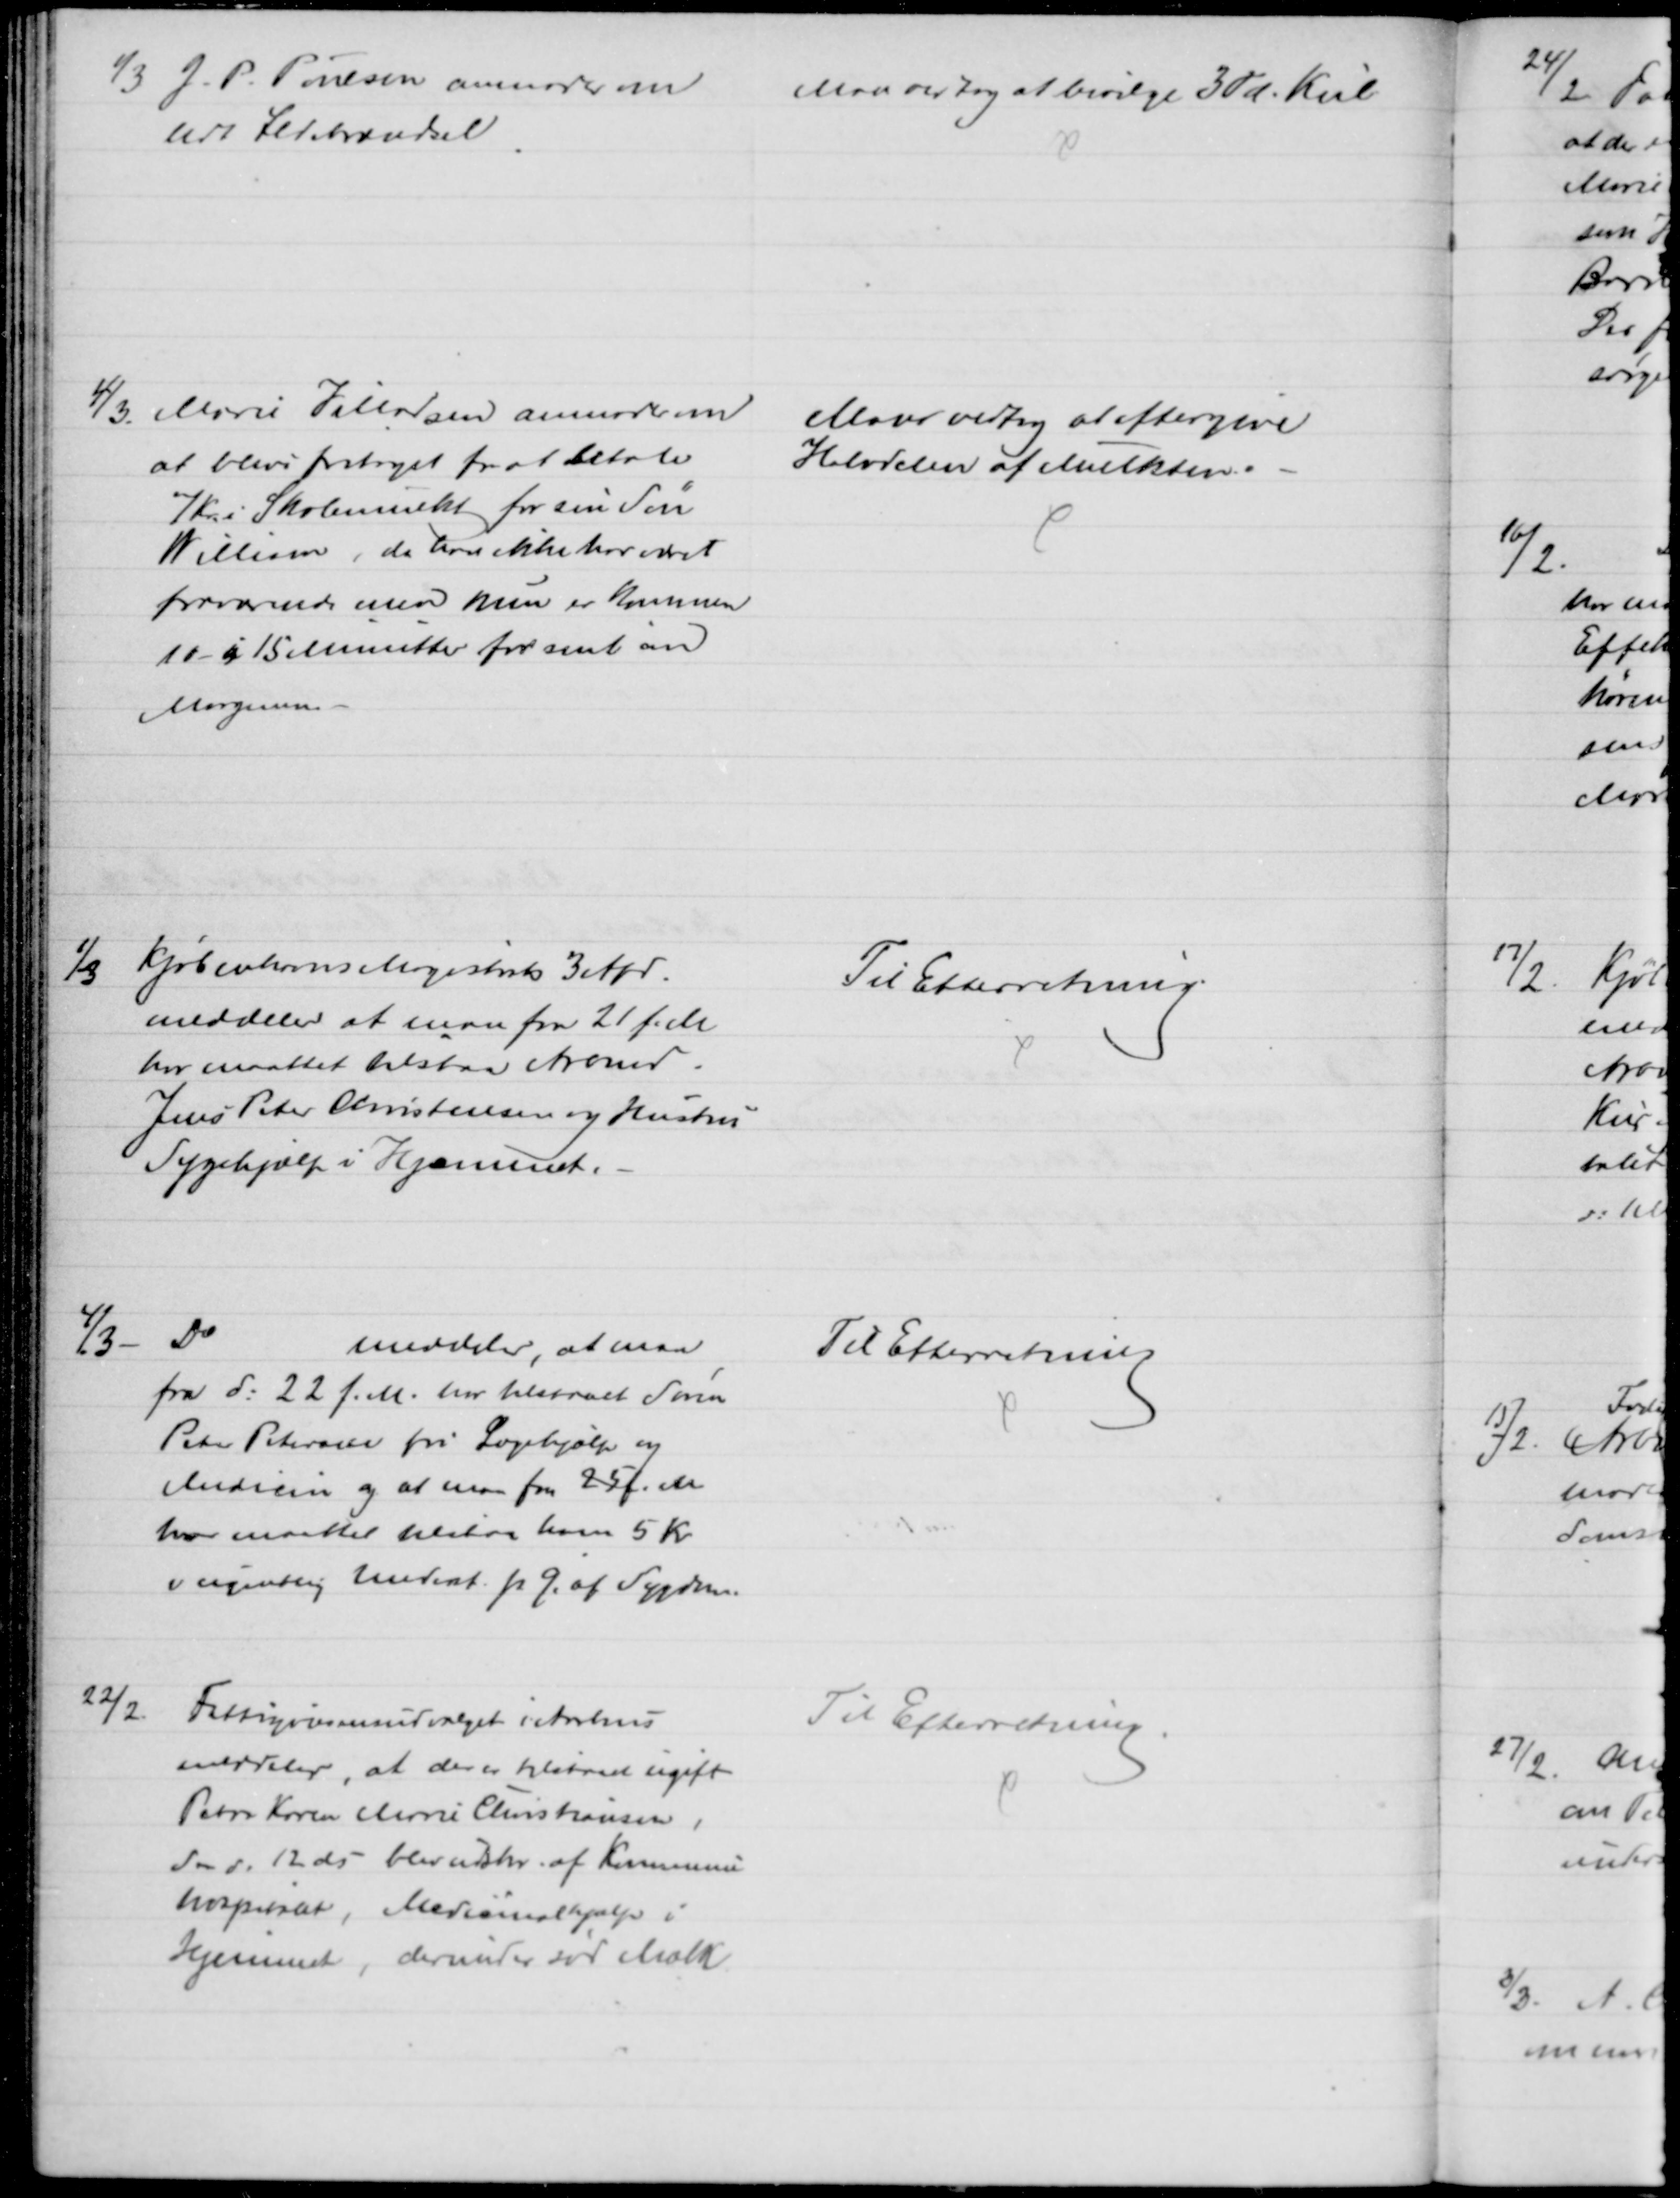
Transskription:
1/3 J. P. Poulsen anmoder om
lidt Ildebrændsel
Man vedtog at bevilge 3 Td. Kul
4/3
Marie Villadsen anmoder om
at blive fritaget for at betale
7 Kr i Skolemulkt for sin Søn
William, da han ikke har været
fraværende men kun er kommen
10 - i 15 Minutter for sent om
Morgenen
Man vedtog at eftergive
Halvdelen af Mulkten.
1/3
Kjøbenhavns Magistrat 3 Afd.
meddeler at man fra 21 f. M
har maattet tilstaa Arbmd.
Jens Peter Christensen og Hustru
Sygehjælp i Hjemmet.
Til Efterretning.
4/3
Do
meddeler, at man
fra d: 22 f. M. har tilstaaet Søren
Peter Petersen fri Lægehjælp og
Medicin og at man fra 25 f. M.
har maattet tilstaa ham 5 Kr
i ugentlig Underst. p. G. af Sygdom.
Til Efterretning
22/2.
Fattigvæsensudvalget i Aarhus
meddeler, at der er tilstaaet ugift
Petra Karen Marie Christiansen,
som d. 12 ds blev udskr. af Kommune
hospitalet, Medicinalhjælp i
Hjemmet, derunder sød Mælk
Til Efterretning.